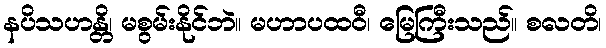
နပိသဟန္တိ၊ မစွမ်းနိုင်ဘဲ။ မဟာပထဝီ၊ မြေကြီးသည်။ စလတိ၊